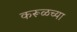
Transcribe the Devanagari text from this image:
करूळच्या